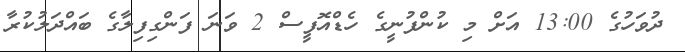
ދުވަހުގެ 13:00 އަށް މި ކުންފުނީގެ ހެޑްއޮފީސް 2 ވަނަ ފަންގިފިލާގެ ބައްދަލުކުރާ